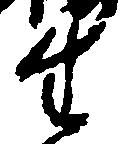
生